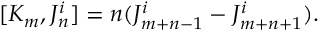
[ K _ { m } , J _ { n } ^ { i } ] = n ( J _ { m + n - 1 } ^ { i } - J _ { m + n + 1 } ^ { i } ) .